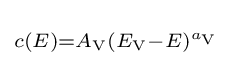
\scriptstyle c(E)=A_{\rm {V}}(E_{\rm {V}}-E)^{a_{\rm {V}}}